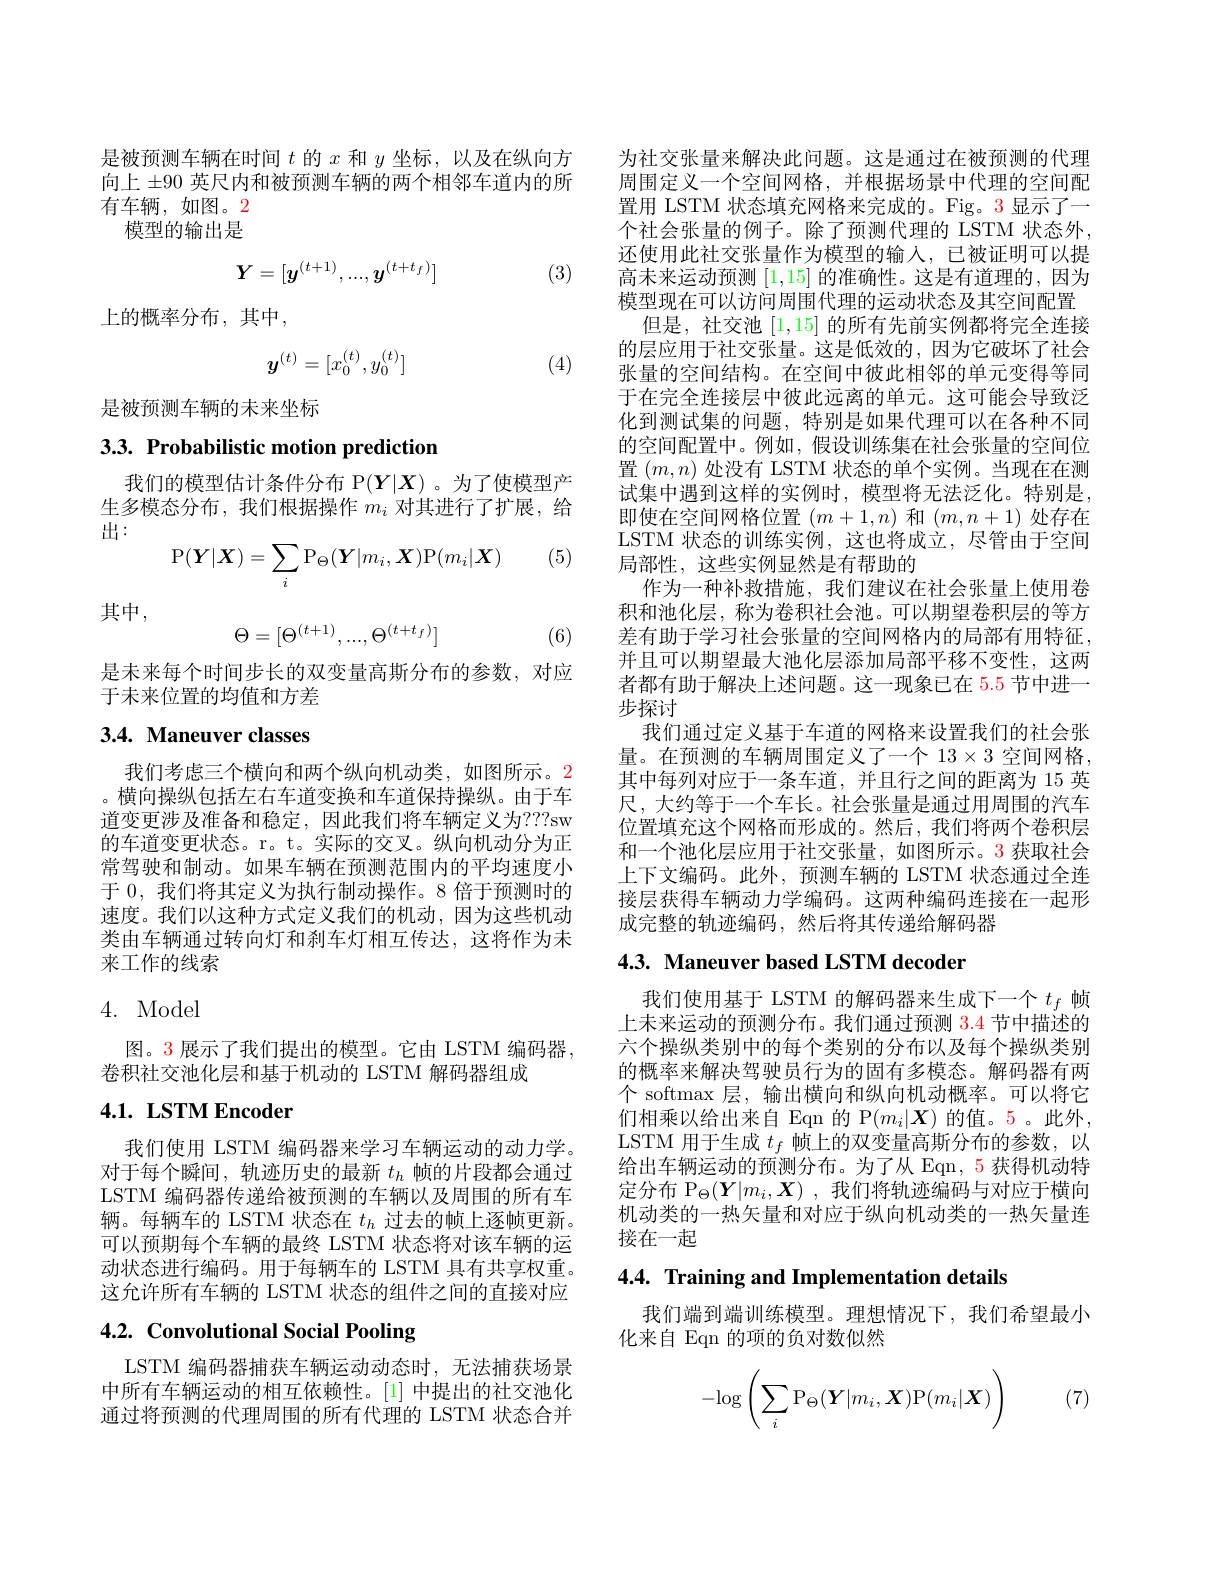
是被预测车辆在时间$t$的$x$和$y$坐标，以及在纵向方向上$\pm90$英尺内和被预测车辆的两个相邻车道内的所有车辆，如图。2
模型的输出是
$$Y=[y^{(t+1)},...,y^{(t+t_f)}]$$
(3)

上的概率分布，其中，
$$\boldsymbol{y}^{(t)}=[x_0^{(t)},y_0^{(t)}]$$
(4)

是被预测车辆的未来坐标

## 3.3. Probabilistic motion prediction

我们的模型估计条件分布 P$(Y|X)$。为了使模型产生多模态分布，我们根据操作$m_i$对其进行了扩展，给出：

(5)
$$\operatorname{P}(\boldsymbol{Y}|\boldsymbol{X})=\sum_i\operatorname{P}_\Theta(\boldsymbol{Y}|m_i,\boldsymbol{X})\text{P}(m_i|\boldsymbol{X})$$
其中，
$$\Theta=[\Theta^{(t+1)},...,\Theta^{(t+t_f)}]$$
(6)

是未来每个时间步长的双变量高斯分布的参数，对应
于未来位置的均值和方差

# 3.4. Maneuver classes

我们考虑三个横向和两个纵向机动类，如图所示。2 。横向操纵包括左右车道变换和车道保持操纵。由于车道变更涉及准备和稳定，因此我们将车辆定义为？??sw 的车道变更状态。r。t。实际的交叉。纵向机动分为正常驾驶和制动。如果车辆在预测范围内的平均速度小于 0, 我们将其定义为执行制动操作。8 倍于预测时的速度。我们以这种方式定义我们的机动，因为这些机动类由车辆通过转向灯和刹车灯相互传达，这将作为未来工作的线索

## 4. Model

图。3 展示了我们提出的模型。它由 LSTM 编码器。
卷积社交池化层和基于机动的 LSTM 解码器组成

# 4.1. LSTM Encoder

我们使用 LSTM 编码器来学习车辆运动的动力学。对于每个瞬间，轨迹历史的最新$t_h$帧的片段都会通过LSTM 编码器传递给被预测的车辆以及周围的所有车辆。每辆车的 LSTM 状态在$t_h$过去的帧上逐帧更新。可以预期每个车辆的最终 LSTM 状态将对该车辆的运动状态进行编码。用于每辆车的 LSTM 具有共享权重。这允许所有车辆的 LSTM 状态的组件之间的直接对应

# 4.2. Convolutional Social Pooling

LSTM 编码器捕获车辆运动动态时，无法捕获场景中所有车辆运动的相互依赖性。[1] 中提出的社交池化通过将预测的代理周围的所有代理的 LSTM 状态合并

为社交张量来解决此问题。这是通过在被预测的代理周围定义一个空间网格，并根据场景中代理的空间配置用 LSTM 状态填充网格来完成的。Fig。3 显示了一个社会张量的例子。除了预测代理的 LSTM 状态外， 还使用此社交张量作为模型的输入，已被证明可以提高未来运动预测[1,15]的准确性。这是有道理的，因为模型现在可以访问周围代理的运动状态及其空间配置
但是，社交池[1,15]的所有先前实例都将完全连接的层应用于社交张量。这是低效的，因为它破坏了社会张量的空间结构。在空间中彼此相邻的单元变得等同于在完全连接层中彼此远离的单元。这可能会导致泛化到测试集的问题，特别是如果代理可以在各种不同的空间配置中。例如，假设训练集在社会张量的空间位置$(m,n)$处没有 LSTM 状态的单个实例。当现在在测试集中遇到这样的实例时，模型将无法泛化。特别是， 即使在空间网格位置$(m+1,n)$和$(m,n+1)$处存在LSTM 状态的训练实例，这也将成立，尽管由于空间局部性，这些实例显然是有帮助的
作为一种补救措施，我们建议在社会张量上使用卷积和池化层，称为卷积社会池。可以期望卷积层的等方差有助于学习社会张量的空间网格内的局部有用特征， 并且可以期望最大池化层添加局部平移不变性，这两者都有助于解决上述问题。这一现象已在 5.5 节中进一步探讨
我们通过定义基于车道的网格来设置我们的社会张量。在预测的车辆周围定义了一个 13×3 空间网格， 其中每列对应于一条车道，并且行之间的距离为 15 英尺，大约等于一个车长。社会张量是通过用周围的汽车位置填充这个网格而形成的。然后，我们将两个卷积层和一个池化层应用于社交张量，如图所示。3 获取社会上下文编码。此外，预测车辆的 LSTM 状态通过全连接层获得车辆动力学编码。这两种编码连接在一起形成完整的轨迹编码，然后将其传递给解码器

# 4.3. Maneuver based LSTM decoder

我们使用基于 LSTM 的解码器来生成下一个$t_f$帧上未来运动的预测分布。我们通过预测$\color{red}{3.4}$节中描述的六个操纵类别中的每个类别的分布以及每个操纵类别的概率来解决驾驶员行为的固有多模态。解码器有两个 softmax 层，输出横向和纵向机动概率。可以将它们相乘以给出来自 Eqn 的 P$(m_i|\boldsymbol{X})$的值。5。此外， LSTM 用于生成$t_f$帧上的双变量高斯分布的参数，以给出车辆运动的预测分布。为了从 Eqn, 5 获得机动特定分布 P$_\Theta(Y|m_i,X)$,我们将轨迹编码与对应于横向机动类的一热矢量和对应于纵向机动类的一热矢量连接在一起

4.4. Training and Implementation details

我们端到端训练模型。理想情况下，我们希望最小
化来自 Eqn 的项的负对数似然

(7)
$$-\log\left(\sum_i\mathrm P_\Theta(\boldsymbol Y|m_i,\boldsymbol X)\mathrm P(m_i|\boldsymbol X)\right)$$